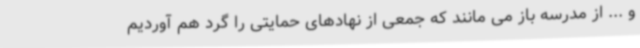
و ... از مدرسه باز می مانند که جمعی از نهادهای حمایتی را گرد هم آوردیم